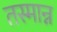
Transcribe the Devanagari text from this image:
तस्मान्न